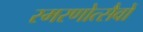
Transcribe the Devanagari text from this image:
स्मरणोत्सैवों